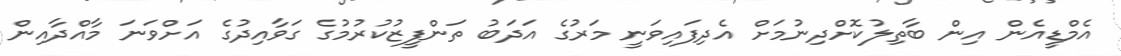
އެމްޑީއެން އިން ބާތިލުކޮށްދިނުމަށް އެދިފައިވަނީ މަރުގެ އަދަބު ތަންފީޒުކުރުމުގެ ގަވާއިދުގެ އަށްވަނަ މާއްދާއިން